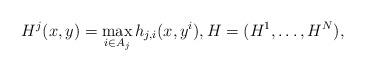
LaTeX: \begin{align*}H^j(x,y)=\max_{i\in A_j}h_{j,i}(x,y^i),H=(H^1,\dots,H^N),\end{align*}